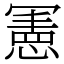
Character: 𭂅